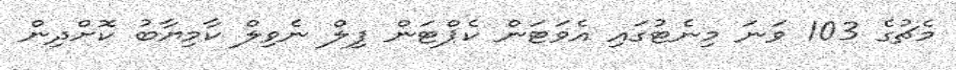
މެޗުގެ 103 ވަނަ މިނެޓުގައި އެވަޓަން ކެޕްޓަން ފިލް ނެވިލް ކާމިޔާބު ކޮށްދިން